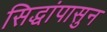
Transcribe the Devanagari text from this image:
सिद्धांपासुन